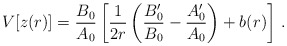
\begin{align*}V[z(r)] = {B_0\over A_0}\left[ {1\over 2r}\left({B_0'\over B_0}-{A'_0\over A_0}\right) +b(r)\right]\,.\end{align*}